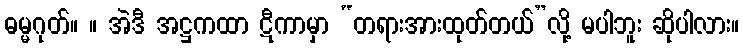
ဓမ္မဂုတ်။ ။ အဲဒီ အဋ္ဌကထာ ဋီကာမှာ “တရားအားထုတ်တယ်”လို့ မပါဘူး ဆိုပါလား။